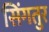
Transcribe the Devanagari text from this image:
सिंगतुर